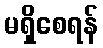
မရှိစေရန်